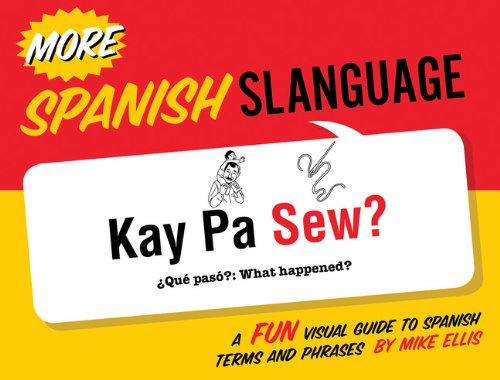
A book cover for More Spanish Slanguage: A Fun Visual Guide to Spanish Terms and Phrases (English and Spanish Edition); Mike Ellis; Reference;